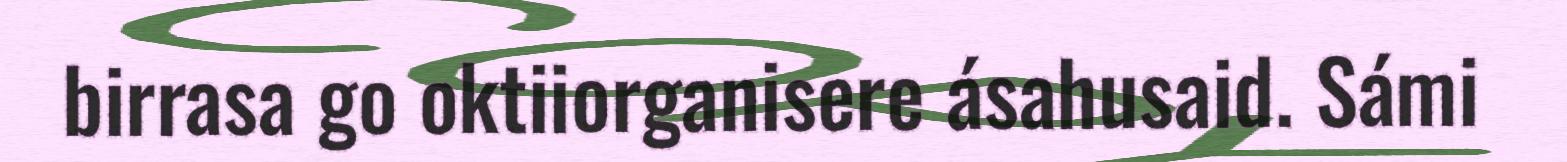
birrasa go oktiiorganisere ásahusaid. Sámi